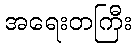
အရေးတကြီး